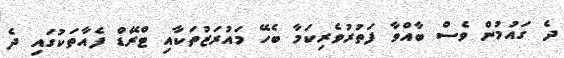
ދެ ގައުމުން ވެސް ބާއްވާ ފަތުރުވެރިކަމާ ބެހޭ މައުރަޒުތަކާއި ޓްރޭޑް ފެއާތަކުގައި ދެ